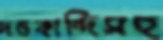
দত্তকান্দিসহ